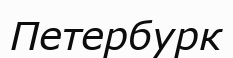
Петербурк